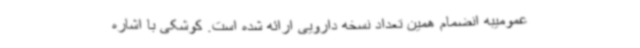
عمومیبه انضمام همین تعداد نسخه دارویی ارائه شده است. کوشکی با اشاره